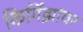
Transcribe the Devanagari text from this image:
किर्गिझांवर